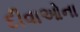
દીવાઓના